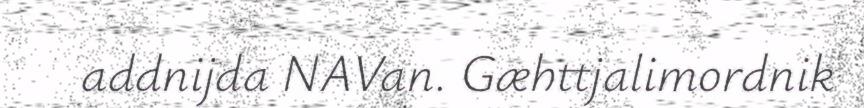
addnijda NAVan. Gæhttjalimordnik